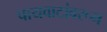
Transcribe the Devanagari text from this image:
पायवाटांवरून